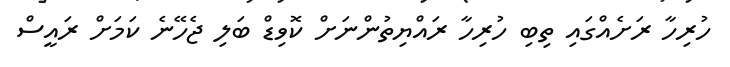
ހުރިހާ ރަށެއްގައި ތިބި ހުރިހާ ރައްޔިތުންނަށް ކޮވިޑް ބަލި ޖެހޭނެ ކަމަށް ރައީސް